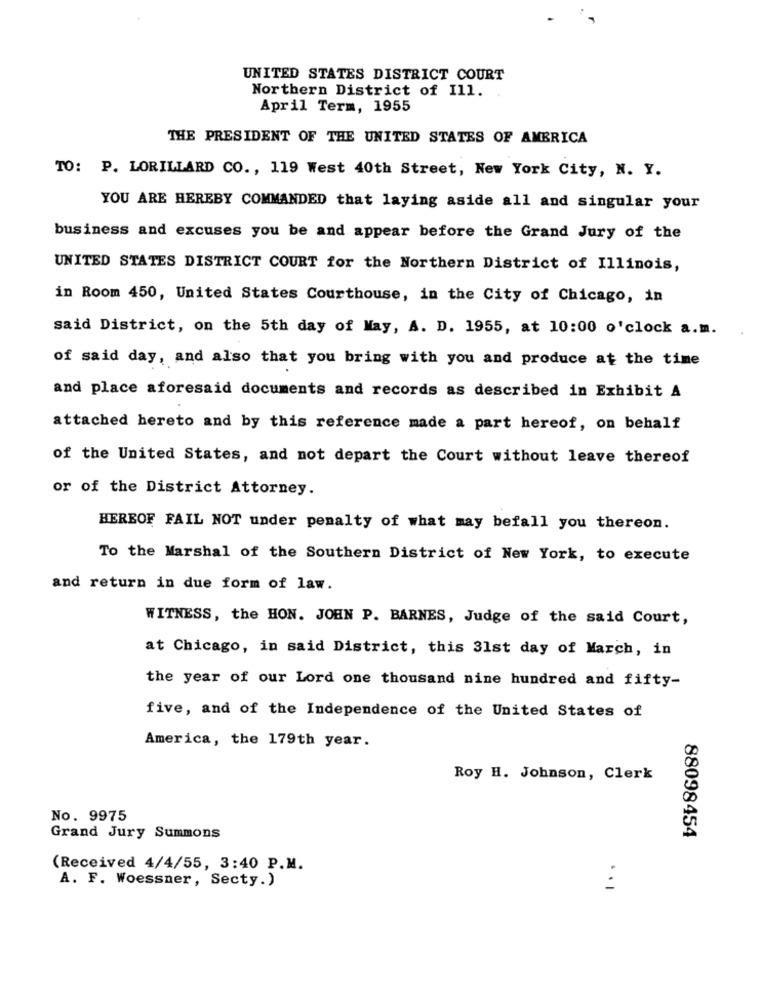
UNITED STATES DISTRICT COURT
Northern District of Ill.
April Term, 1955
THE PRESIDENT OF THE UNITED STATES OF AMERICA
TO: P. LORILLARD CO ., 119 West 40th Street, New York City, N. Y.
YOU ARE HEREBY COMMANDED that laying aside all and singular your
business and excuses you be and appear before the Grand Jury of the
UNITED STATES DISTRICT COURT for the Northern District of Illinois,
in Room 450, United States Courthouse, in the City of Chicago, in
said District, on the 5th day of May, A. D. 1955, at 10:00 o'clock a.m.
of said day, and also that you bring with you and produce at the time
and place aforesaid documents and records as described in Exhibit A
attached hereto and by this reference made a part hereof, on behalf
of the United States, and not depart the Court without leave thereof
or of the District Attorney.
HEREOF FAIL NOT under penalty of what may befall you thereon.
To the Marshal of the Southern District of New York, to execute
and return in due form of law.
WITNESS, the HON. JOHN P. BARNES, Judge of the said Court,
at Chicago, in said District, this 31st day of March, in
the year of our Lord one thousand nine hundred and fifty-
five, and of the Independence of the United States of
America, the 179th year.
Roy H. Johnson, Clerk
No. 9975
Grand Jury Summons
88098454
(Received 4/4/55, 3:40 P.M.
A. F. Woessner, Secty.)